Problem: 19 + 22 = ?
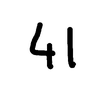
Handwritten answer: 41